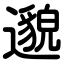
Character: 邈